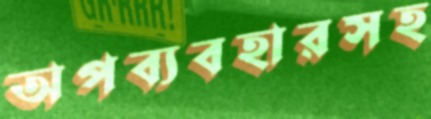
অপব্যবহারসহ